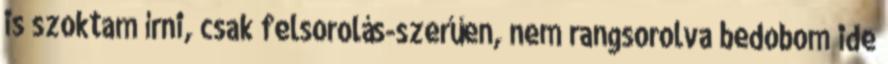
is szoktam írni, csak felsorolás-szerűen, nem rangsorolva bedobom ide